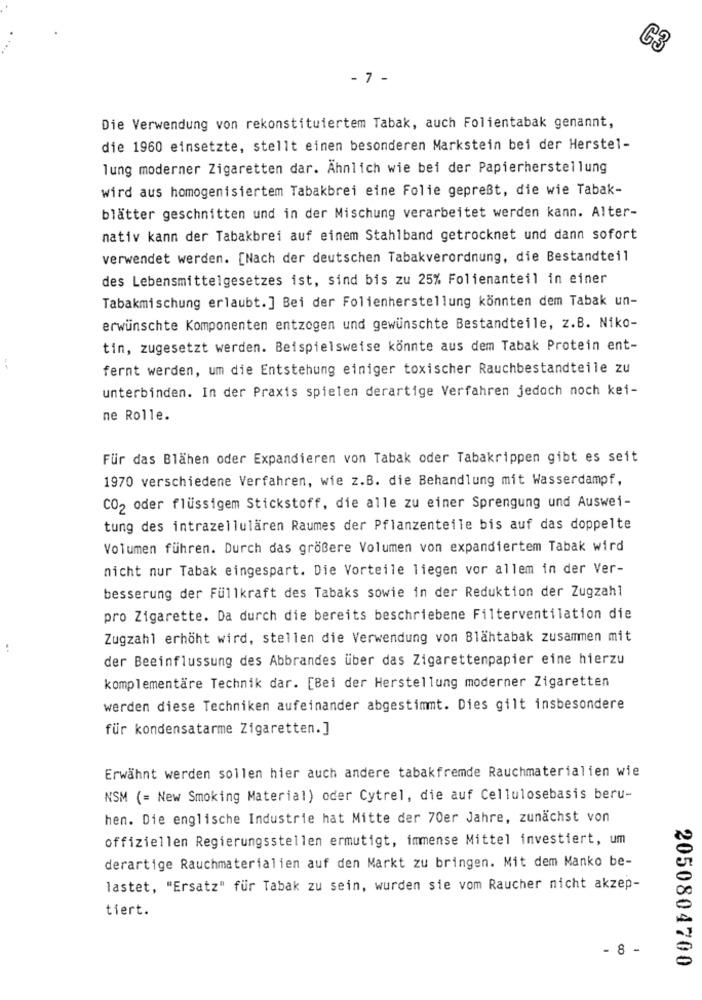
G3
- 7 -
Die Verwendung von rekonstituiertem Tabak, auch Folientabak genannt,
die 1960 einsetzte, stellt einen besonderen Markstein bei der Herstel-
lung moderner Zigaretten dar. Ähnlich wie bei der Papierherstellung
wird aus homogenisiertem Tabakbrei eine Folie gepreßt, die wie Tabak-
blätter geschnitten und in der Mischung verarbeitet werden kann. Alter-
nativ kann der Tabakbrei auf einem Stahlband getrocknet und dann sofort
verwendet werden. [Nach der deutschen Tabakverordnung, die Bestandteil
des Lebensmittelgesetzes ist, sind bis zu 25% Folienanteil in einer
Tabakmischung erlaubt.] Bei der Folienherstellung könnten dem Tabak un-
erwünschte Komponenten entzogen und gewünschte Bestandteile, z.B. Niko-
tin, zugesetzt werden. Beispielsweise könnte aus dem Tabak Protein ent-
fernt werden, um die Entstehung einiger toxischer Rauchbestandteile zu
unterbinden. In der Praxis spielen derartige Verfahren jedoch noch kei-
ne Rolle.
Für das Blähen oder Expandieren von Tabak oder Tabakrippen gibt es seit
1970 verschiedene Verfahren, wie z.B. die Behandlung mit Wasserdampf,
CO2 oder flüssigem Stickstoff, die alle zu einer Sprengung und Auswei-
tung des intrazellulären Raumes der Pflanzenteile bis auf das doppelte
Volumen führen. Durch das größere Volumen von expandiertem Tabak wird
nicht nur Tabak eingespart. Die Vorteile liegen vor allem in der Ver-
besserung der Füllkraft des Tabaks sowie in der Reduktion der Zugzahl
pro Zigarette. Da durch die bereits beschriebene Filterventilation die
Zugzahl erhöht wird, stellen die Verwendung von Blähtabak zusammen mit
..
der Beeinflussung des Abbrandes über das Zigarettenpapier eine hierzu
komplementäre Technik dar. [Bei der Herstellung moderner Zigaretten
werden diese Techniken aufeinander abgestimmt. Dies gilt insbesondere
für kondensatarme Zigaretten.]
Erwähnt werden sollen hier auch andere tabakfremde Rauchmaterialien wie
NSM (= New Smoking Material) oder Cytrel, die auf Cellulosebasis beru-
hen. Die englische Industrie hat Mitte der 70er Jahre, zunächst von
offiziellen Regierungsstellen ermutigt, immense Mittel investiert, um
derartige Rauchmaterialien auf den Markt zu bringen. Mit dem Manko be-
lastet, "Ersatz" für Tabak zu sein, wurden sie vom Raucher nicht akzep-
tiert.
- 8 -
2050804700